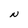
Character: N